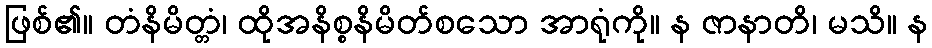
ဖြစ်၏။ တံနိမိတ္တံ၊ ထိုအနိစ္စနိမိတ်စသော အာရုံကို။ န ဇာနာတိ၊ မသိ။ န